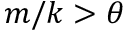
m / k > \theta